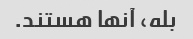
بله، آنها هستند.